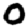
Digit: 0